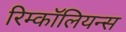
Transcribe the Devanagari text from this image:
रिम्कॉलियन्स